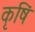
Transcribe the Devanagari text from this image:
कृषिं